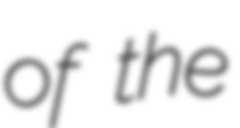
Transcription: of the